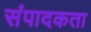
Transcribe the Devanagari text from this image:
संपादकता